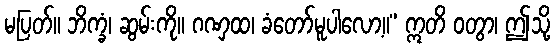
မပြတ်။ ဘိက္ခံ၊ ဆွမ်းကို။ ဂဏှထ၊ ခံတော်မူပါလော့။” ဣတိ ဝတွာ၊ ဤသို့